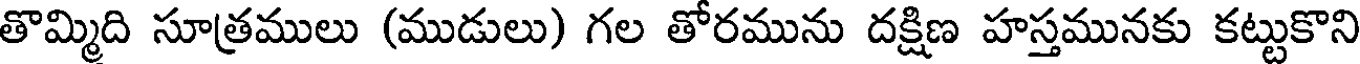
తొమ్మిది సూత్రములు (ముడులు) గల తోరమును దక్షిణ హస్తమునకు కట్టుకొని